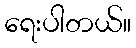
ရေးပါတယ်။